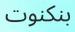
بنكنوت